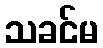
သခင်မ